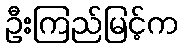
ဦးကြည်မြင့်က